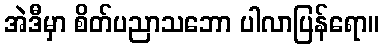
အဲဒီမှာ စိတ်ပညာသဘော ပါလာပြန်ရော။